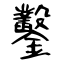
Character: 鑿